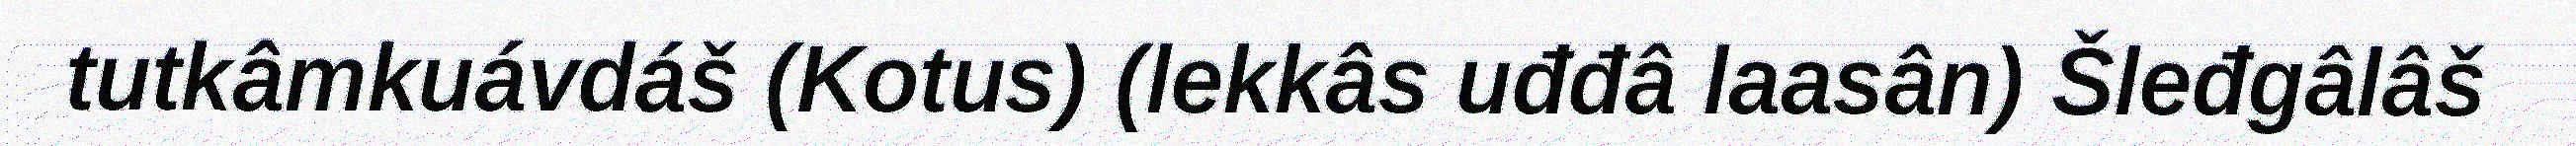
tutkâmkuávdáš (Kotus) (lekkâs uđđâ laasân) Šleđgâlâš